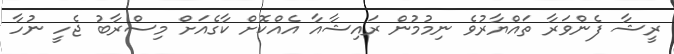
ރީޝާ ފެންވަރާ ތައްޔާރުވެ ނިމުމުން ރައިޝާއާ އެއްކޮށް ކާގެއަށް މިސްރާބު ޖެހީ ނުހާ